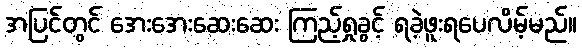
အပြင်တွင် အေးအေးဆေးဆေး ကြည့်ရှုခွင့် ရခဲ့ဖူးရပေလိမ့်မည်။